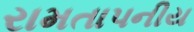
રામતાપનીય